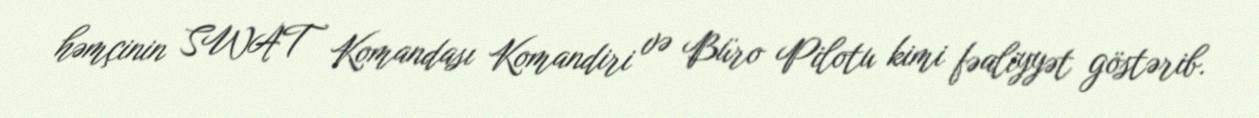
həmçinin SWAT Komandası Komandiri və Büro Pilotu kimi fəaliyyət göstərib.